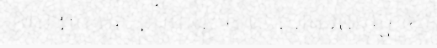
ខូយ ពួក ឥស្សរជនរដ្ឋភិបាល សាធារណរដ្ឋ ខ្មែរ